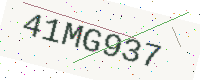
Text: 41MG937